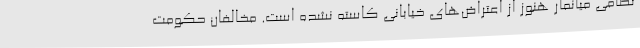
نظامی میانمار هنوز از اعتراض‌های خیابانی کاسته نشده است. مخالفان حکومت